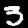
Digit: 3